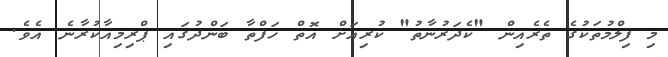
މި ފިލްމުތަކުގެ ތެރެއިން "ކެދަރުނާތު" ކުރިއަށް އޮތް ހަފްތާ ބަންދުގައި ޕްރިމިއާކުރާނެ އެވެ.